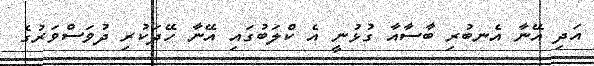
އަދި އޭނާ އެނބުރި ބާސާއާ ގުޅުނީ އެ ކްލަބުގައި އޭނާ ހޭދަކުރި ދުވަސްވަރުގެ